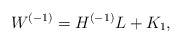
\begin{align*}W^{(-1)}=H^{(-1)}L+K_1,\end{align*}